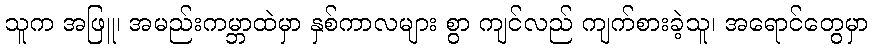
သူက အဖြူ၊ အမည်းကမ္ဘာထဲမှာ နှစ်ကာလများ စွာ ကျင်လည် ကျက်စားခဲ့သူ၊ အရောင်တွေမှာ